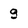
Character: 9